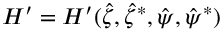
H ^ { \prime } = H ^ { \prime } ( \hat { \zeta } , \hat { \zeta } ^ { * } , \hat { \psi } , \hat { \psi } ^ { * } )